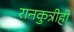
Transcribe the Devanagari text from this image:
रानकुत्रीही